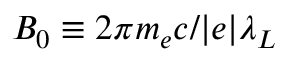
B _ { 0 } \equiv 2 \pi m _ { e } c / | e | \lambda _ { L }